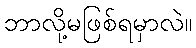
ဘာလို့မဖြစ်ရမှာလဲ။